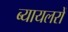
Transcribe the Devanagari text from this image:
ब्यायलरों